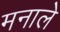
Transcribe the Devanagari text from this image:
मनाले